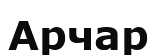
Арчар